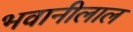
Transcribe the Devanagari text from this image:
भवानीलाल